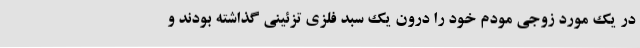
در یک مورد زوجی مودم خود را درون یک سبد فلزی تزئینی گذاشته بودند و